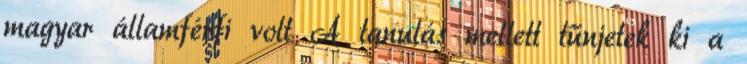
magyar államférfi volt A tanulás mellett tűnjetek ki a